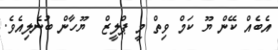
އެބެއް ކޭން ޔޫ ކަމް ވިތް މީ ޕްލީޒް  ޔޫހާން ބުނެލިއެވެ.